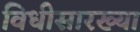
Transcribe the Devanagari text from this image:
विधीसारख्या